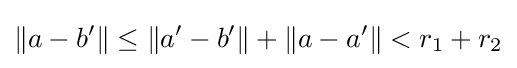
\|a-b'\|\leq \|a'-b'\|+\|a-a'\|<r_{1}+r_{2}